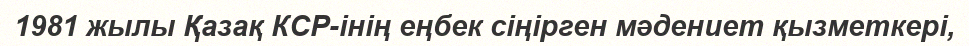
1981 жылы Қазақ КСР-інің еңбек сіңірген мәдениет қызметкері,